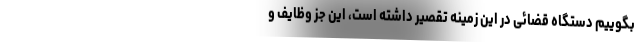
بگوییم دستگاه قضائی در این زمینه تقصیر داشته است، این جز وظایف و